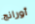
أورانج